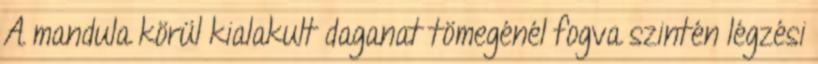
A mandula körül kialakult daganat tömegénél fogva szintén légzési